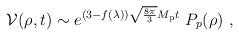
LaTeX: \begin{align*}{\cal V}(\rho,t) \sim e^{(3-f(\lambda))\sqrt{8\pi\over 3}M_{\rm p} t}\ P_p(\rho)\ ,\end{align*}